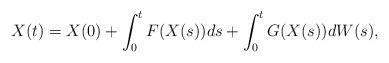
LaTeX: \begin{align*}X(t) = X(0) + \int_0^t F(X(s)) ds + \int_0^t G(X(s)) dW(s),\end{align*}